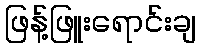
ဖြန့်ဖြူးရောင်းချ